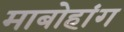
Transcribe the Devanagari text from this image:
माबोहांग